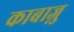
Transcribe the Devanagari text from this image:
काबाज़ु